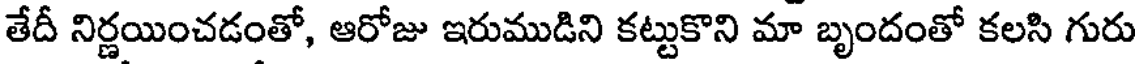
తేదీ నిర్ణయించడంతో, ఆరోజు ఇరుముడిని కట్టుకొని మా బృందంతో కలసి గురు